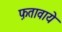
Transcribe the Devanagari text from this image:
फ़तावाये